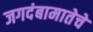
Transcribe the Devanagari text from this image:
जगदंबामातेचे